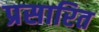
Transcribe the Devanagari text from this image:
प्रसारित